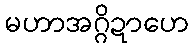
မဟာအဂ္ဂိဍာဟေ